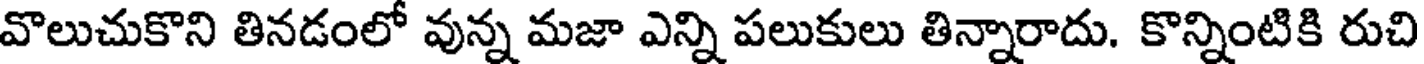
వొలుచుకొని తినడంలో వున్న మజా ఎన్ని పలుకులు తిన్నారాదు. కొన్నింటికి రుచి